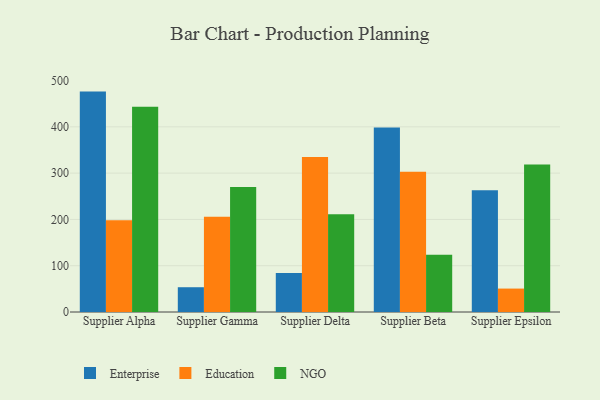
{"axis": {"x": "Supplier", "y": "Active Users"}, "legend": ["Education", "Enterprise", "NGO"], "data": [{"x": "Supplier Alpha", "y": 476.1, "type": "Enterprise"}, {"x": "Supplier Alpha", "y": 198.4, "type": "Education"}, {"x": "Supplier Alpha", "y": 443.2, "type": "NGO"}, {"x": "Supplier Gamma", "y": 53.5, "type": "Enterprise"}, {"x": "Supplier Gamma", "y": 205.7, "type": "Education"}, {"x": "Supplier Gamma", "y": 270.0, "type": "NGO"}, {"x": "Supplier Delta", "y": 84.4, "type": "Enterprise"}, {"x": "Supplier Delta", "y": 335.0, "type": "Education"}, {"x": "Supplier Delta", "y": 211.3, "type": "NGO"}, {"x": "Supplier Beta", "y": 398.7, "type": "Enterprise"}, {"x": "Supplier Beta", "y": 303.2, "type": "Education"}, {"x": "Supplier Beta", "y": 123.5, "type": "NGO"}, {"x": "Supplier Epsilon", "y": 262.8, "type": "Enterprise"}, {"x": "Supplier Epsilon", "y": 50.6, "type": "Education"}, {"x": "Supplier Epsilon", "y": 318.7, "type": "NGO"}]}